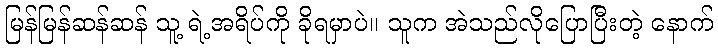
မြန်မြန်ဆန်ဆန် သူ့ ရဲ့အရိပ်ကို ခိုရမှာပဲ။ သူက အဲသည်လိုပြောပြီးတဲ့ နောက်